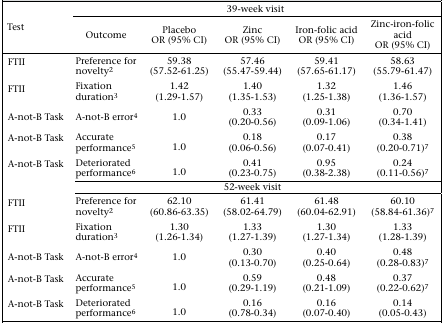
<table><thead><tr><td rowspan="2"><b>Test</b></td><td colspan="5"><b>39-week visit</b></td></tr><tr><td><b>Outcome</b></td><td><b>Placebo OR (95% CI)</b></td><td><b>Zinc OR (95% CI)</b></td><td><b>Iron-folic acid OR (95% CI)</b></td><td><b>Zinc-iron-folic acid OR (95% CI)</b></td></tr></thead><tbody><tr><td>FTII</td><td>Preference for novelty2</td><td>59.38 (57.52-61.25)</td><td>57.46 (55.47-59.44)</td><td>59.41 (57.65-61.17)</td><td>58.63 (55.79-61.47)</td></tr><tr><td>FTII</td><td>Fixation duration3</td><td>1.42 (1.29-1.57)</td><td>1.40 (1.35-1.53)</td><td>1.32 (1.25-1.38)</td><td>1.46 (1.36-1.57)</td></tr><tr><td>A-not-B Task</td><td>A-not-B error4</td><td>1.0</td><td>0.33 (0.20-0.56)</td><td>0.31 (0.09-1.06)</td><td>0.70 (0.34-1.41)</td></tr><tr><td>A-not-B Task</td><td>Accurate performance5</td><td>1.0</td><td>0.18 (0.06-0.56)</td><td>0.17 (0.07-0.41)</td><td>0.38 (0.20-0.71)7</td></tr><tr><td>A-not-B Task</td><td>Deteriorated performance6</td><td>1.0</td><td>0.41 (0.23-0.75)</td><td>0.95 (0.38-2.38)</td><td>0.24 (0.11-0.56)7</td></tr><tr><td></td><td colspan="5">52-week visit</td></tr><tr><td>FTII</td><td>Preference for novelty2</td><td>62.10 (60.86-63.35)</td><td>61.41 (58.02-64.79)</td><td>61.48 (60.04-62.91)</td><td>60.10 (58.84-61.36)7</td></tr><tr><td>FTII</td><td>Fixation duration3</td><td>1.30 (1.26-1.34)</td><td>1.33 (1.27-1.39)</td><td>1.30 (1.27-1.34)</td><td>1.33 (1.28-1.39)</td></tr><tr><td>A-not-B Task</td><td>A-not-B error4</td><td>1.0</td><td>0.30 (0.13-0.70)</td><td>0.40 (0.25-0.64)</td><td>0.48 (0.28-0.83)7</td></tr><tr><td>A-not-B Task</td><td>Accurate performance5</td><td>1.0</td><td>0.59 (0.29-1.19)</td><td>0.48 (0.21-1.09)</td><td>0.37 (0.22-0.62)7</td></tr><tr><td>A-not-B Task</td><td>Deteriorated performance6</td><td>1.0</td><td>0.16 (0.78-0.34)</td><td>0.16 (0.07-0.40)</td><td>0.14 (0.05-0.43)</td></tr></tbody></table>